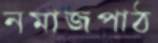
নমাজপাঠ